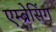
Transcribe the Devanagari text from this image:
एम्ब्रेसिंग